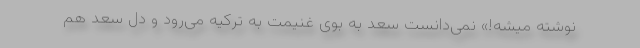
نوشته میشه!» نمی‌دانست سعد به بوی غنیمت به ترکیه می‌رود و دل سعد هم